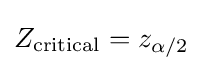
Z_{\text{critical}}=z_{\alpha /2}